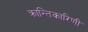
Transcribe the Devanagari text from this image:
क्रान्तिकारिणी